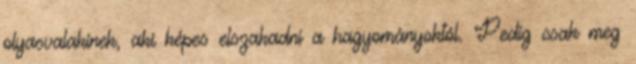
olyasvalakinek, aki képes elszakadni a hagyományoktól. Pedig csak meg